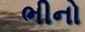
ભીનો